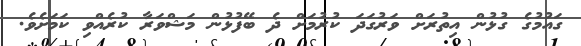
ގައުމުގެ ގުޅުން އިތުރަށް ވަރުގަދަ ކުރުމަށް ދެ ބޭފުޅުން މަޝްވަރާ ކުރެއްވި ކަމަށެވެ.